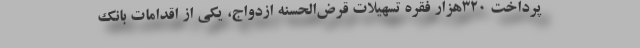
پرداخت ۳۲۰هزار فقره تسهیلات قرض‌الحسنه ازدواج، یکی از اقدامات بانک